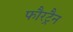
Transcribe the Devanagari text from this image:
फौरट्रैन